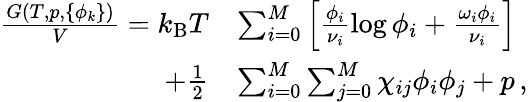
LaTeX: \begin{array}{rl}{\frac{G(T,p,\{ \phi_{k}\} )}{V}=k_{\mathrm{B}}T}&{\sum_{i=0}^{M}\left[\frac{\phi_{i}}{\nu_{i}}\log{\phi_{i}}+\frac{\omega_{i}\phi_{i}}{\nu_{i}}\right]}\\ {+\frac{1}{2}}&{\sum_{i=0}^{M}\sum_{j=0}^{M}\chi_{ij}\phi_{i}\phi_{j}+p\, ,}\end{array}